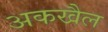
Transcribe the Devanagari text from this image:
अकखैल